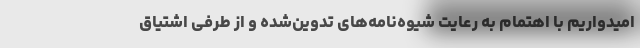
امیدواریم با اهتمام به رعایت شیوه‌نامه‌های تدوین‌شده و از طرفی اشتیاق